Indian journal of veterinary science and animal husbandry - Volumes 15-17, 1948-1951
Year: 1948
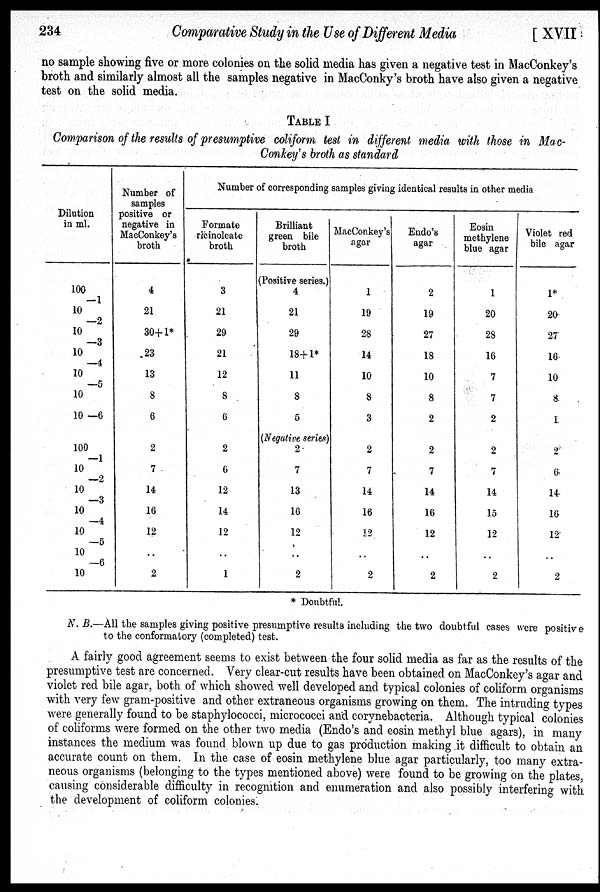
234
Comparative Study in the Use of Different Media
[ XVII
no sample showing five or more colonies on the solid media has given a negative test in MacConkey's
broth and similarly almost all the samples negative in MacConky's broth have also given a negative
test on the solid media.
TABLE I
Comparison of the results of presumptive coliform test in different media with those in Mac-
Conkey's broth as standard
Dilution
in ml.
100
—1
10
—2
10
—3
10
—4
10
—5
10
10 —6
100
—1
10
—2
10
—3
10
—4
10
—5
10
—6
10
Number of
samples
positive or
negative in
MacConkey's
broth
4
21
30+1*
23
13
8
6
2
7
14
16
12
..
2
Number of corresponding samples giving identical results in other media
Formate
ricinoleate
broth
3
21
29
21
12
8
6
2
6
12
14
12
..
1
Brilliant
green bile
broth
(Positive series.)
4
21
29
18+1*
11
8
5
(Negative series)
2
7
13
16
12
..
2
MacConkey's
agar
1
19
28
14
10
8
3
2
7
14
16
12
..
2
Endo's
agar
2
19
27
18
10
8
2
2
7
14
16
12
..
2
Eosin
methylene
blue agar
1
20
28
16
7
7
2
2
7
14
15
12
..
2
Violet red
bile agar
1*
20
27
16
10
8
1
2
6
14
16
12
..
2
* Doubtful.
N. B.—All the samples giving positive presumptive results including the two doubtful cases were positive
to the conformatory (completed) test.
A fairly good agreement seems to exist between the four solid media as far as the results of the
presumptive test are concerned. Very clear-cut results have been obtained on MacConkey's agar and
violet red bile agar, both of which showed well developed and typical colonies of coliform organisms
with very few gram-positive and other extraneous organisms growing on them. The intruding types
were generally found to be staphylococci, micrococci and corynebacteria. Although typical colonies
of coliforms were formed on the other two media (Endo's and eosin methyl blue agars), in many
instances the medium was found blown up due to gas production making it difficult to obtain an
accurate count on them. In the case of eosin methylene blue agar particularly, too many extra-
neous organisms (belonging to the types mentioned above) were found to be growing on the plates,
causing considerable difficulty in recognition and enumeration and also possibly interfering with
the development of coliform colonies.